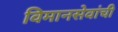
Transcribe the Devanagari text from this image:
विमानसेवांची